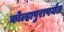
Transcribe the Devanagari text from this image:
कोल्हापुरापर्यंत